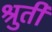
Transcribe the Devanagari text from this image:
श्रुतीं